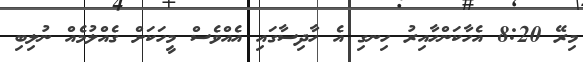
މިރޭ 8:20 އެހާކަންހާއިރު ހިނގި އެ ހާދިސާގައި އެއްވެސް މީހަކަށް ގެއްލުމެއް ނުލިބި